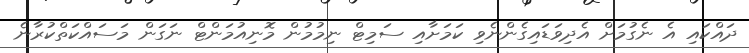
ދައްކައި އެ ނެގުމަށް އެދިވަޑައިގެންނެވި ކަމަށާއި ސަމިޓް ނިމުމުން މޮނިއުމަންޓް ނަގަން މަސައްކަތްކުރާނެ